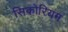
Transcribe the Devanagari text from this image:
सिकोरियम